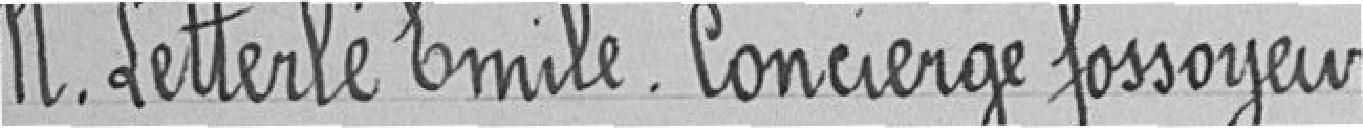
Monsieur Letterlé Emile. Concierge fossoyeur.